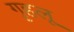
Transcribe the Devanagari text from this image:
गृहलू